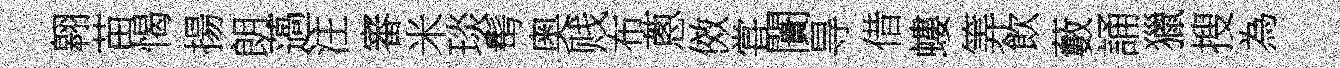
翱苗愒揚朗薖注審米琰髩奥贱布蔥傚甞闠㝵借螻筭飲藪誦獵搜為